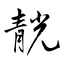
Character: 靗